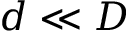
d \ll D